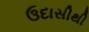
ઉદાસીથી